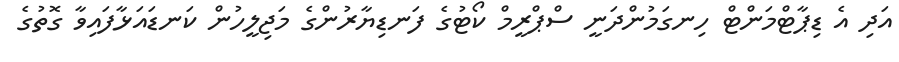
އަދި އެ ޑިޕާޓްމަންޓް ހިނގަމުންދަނީ ސްޕްރީމް ކޯޓުގެ ފަނޑިޔާރުންގެ މަޖިލީހުން ކަނޑައަޅާފައިވާ ގޮތުގެ